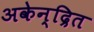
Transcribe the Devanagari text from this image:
अकेन्द्रित